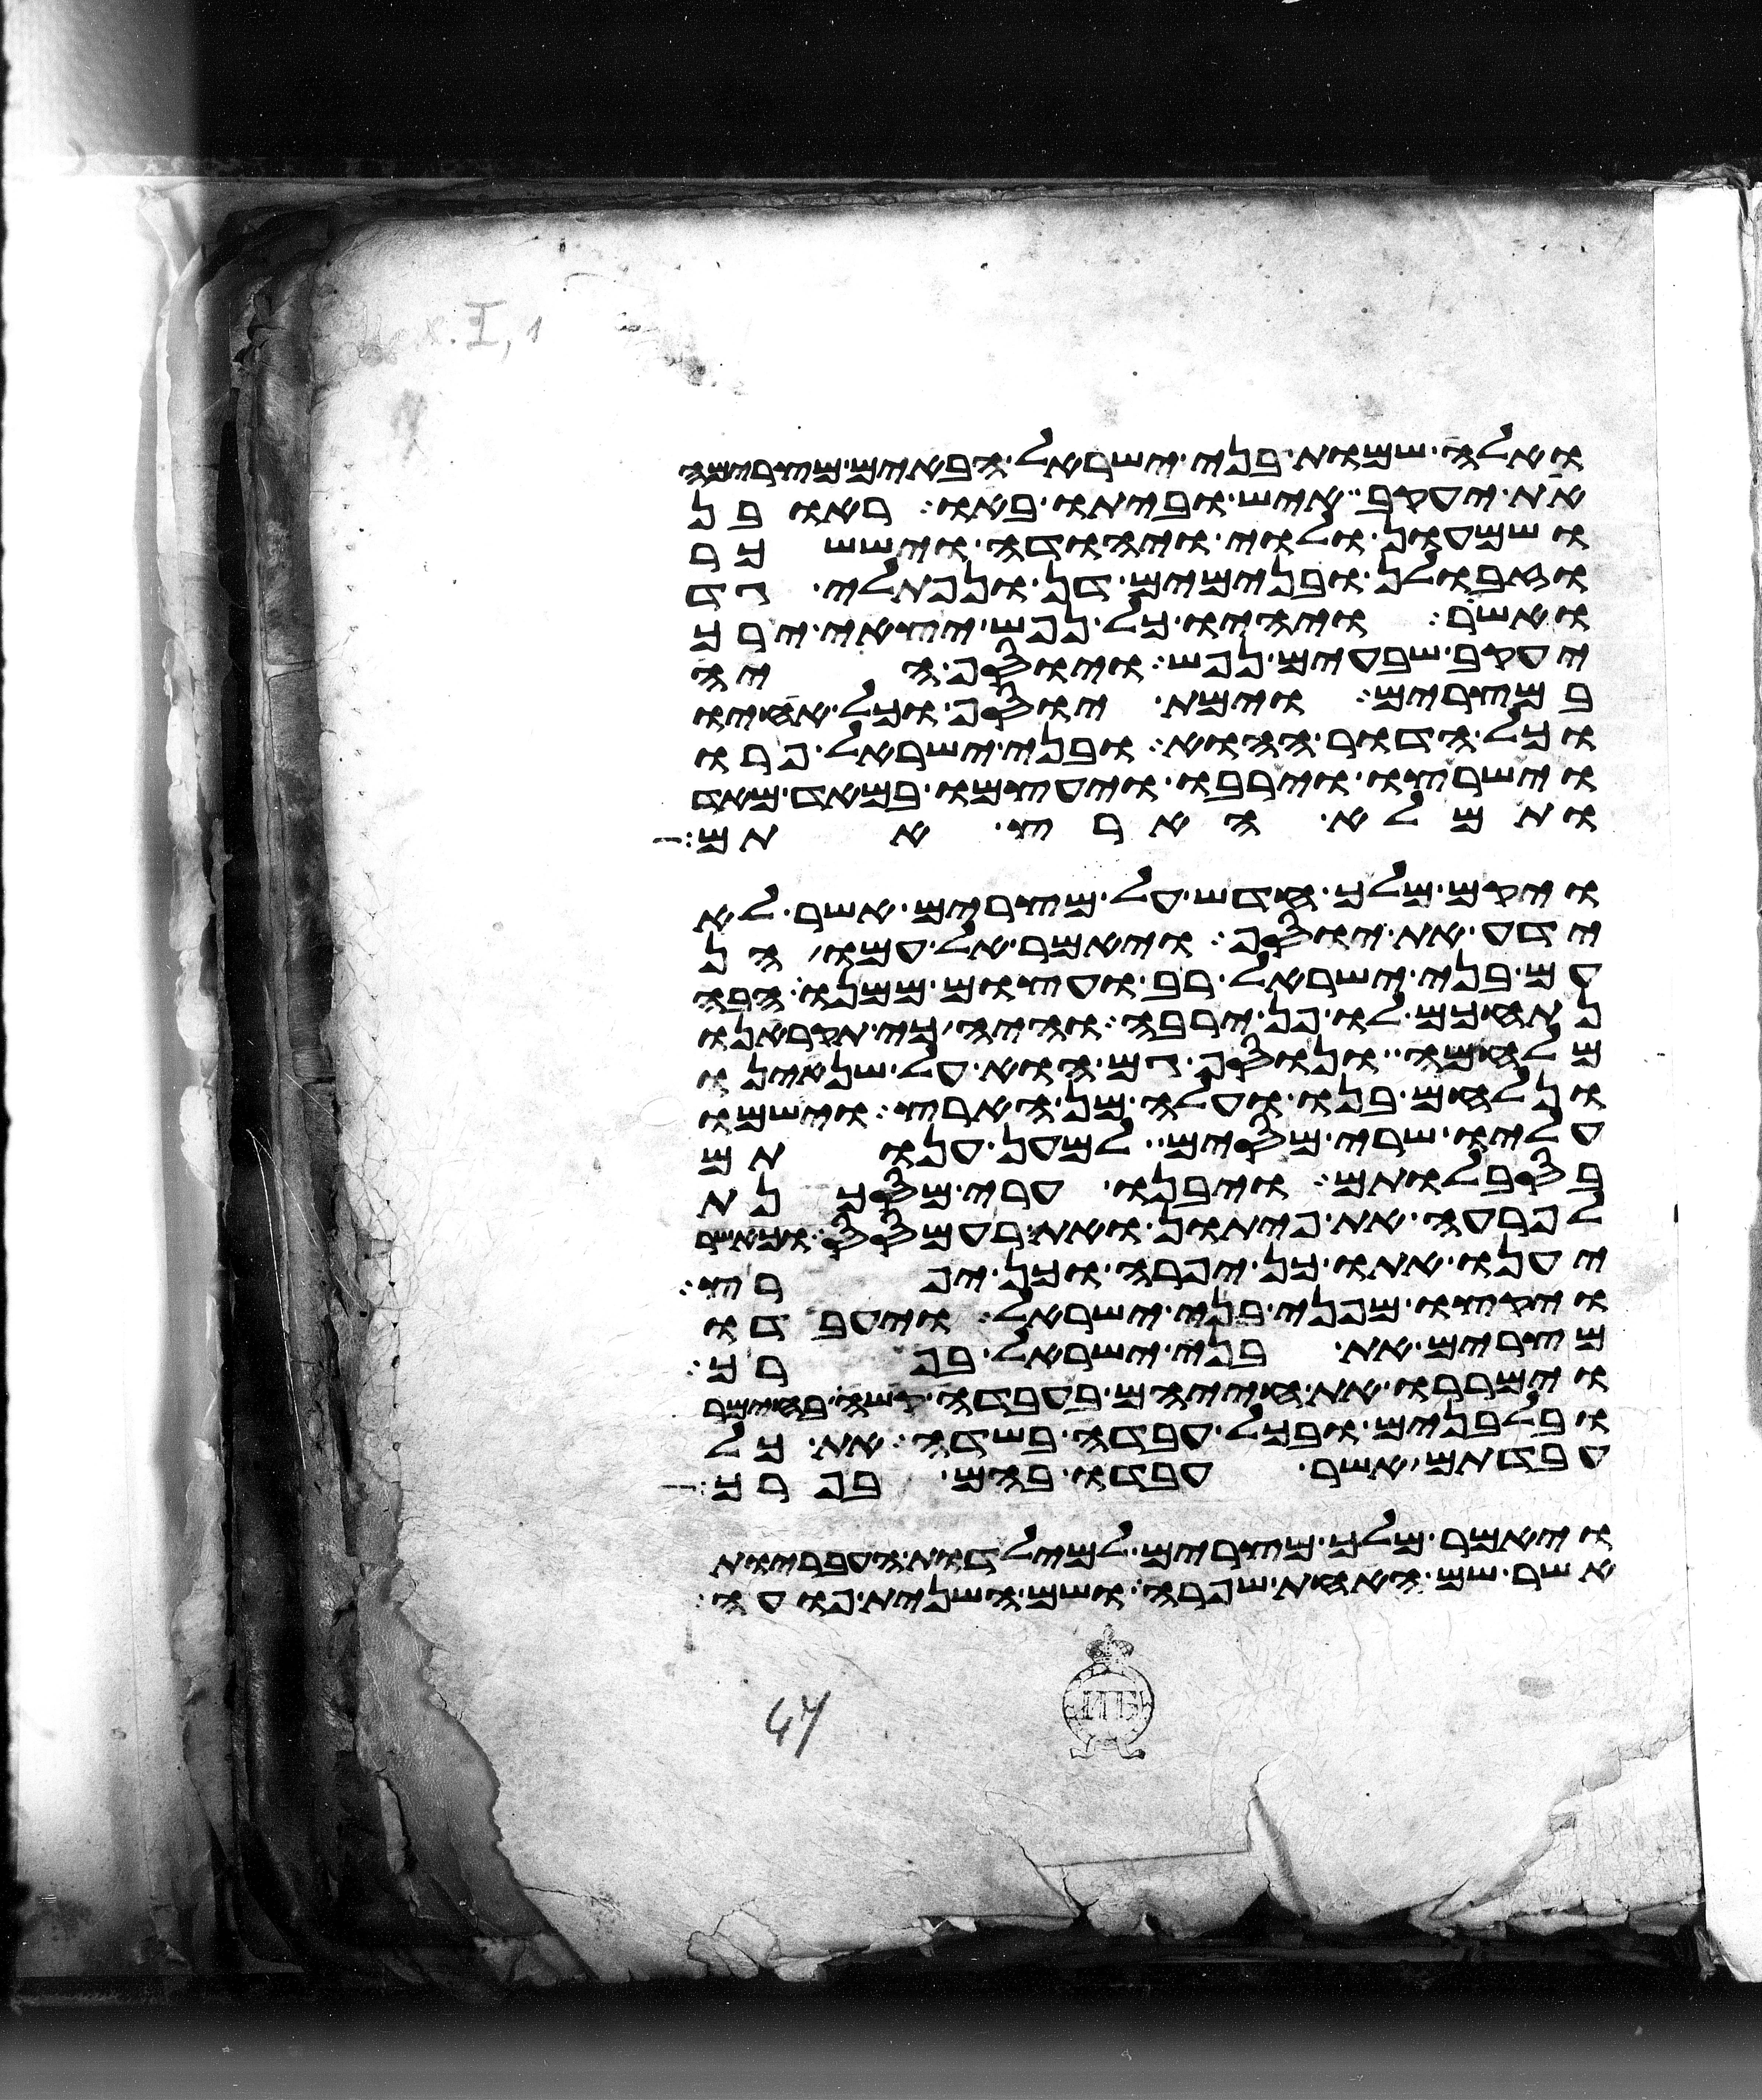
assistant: ואלה שמות בני ישראל הבאים מצרימה
את יעקב איש וביתו באו ראובן
ושמעון ולוי ויהודה ויששכר
וזבולן ובנימים דן ונפתלי גד
ואשר ויהיו כל נפש יצאי ירך
יעקב שבעים נפש ויוסף היה
במצרים וימת יוסף וכל אחיו
וכל הדור ההוא ובני ישראל פרו
וישרצו וירבו ויעצמו במאד מאד
ותמלא הארץ אתם
ויקם מלך חדש על מצרים אשר לא
ידע את יוסף ויאמר אל עמו הן
עם בני ישראל רב ועצום ממנו הבה
נתחכם לו פן ירבה והיה כי תקראנו
מלחמה ונוסף גם הוא על שנאינו
ונלחם בנו ועלה מן הארץ וישמו
עליו שרי מסים למען ענותם
בסבלותם ויבנו ערי מסכנת
לפרעה את פיתון ואת רעמסס וכאשר
יענו אתו כן יפרה וכן יפרץ
ויקצו מפני בני ישראל ויעבדו
מצרים את בני ישראל בפרך
וימררו את חייהם בעבדה קשה בחימר
ובלבנים ובכל עבדה בשדה את כל
עבדתם אשר עבדו בהם בפרך
ויאמר מלך מצרים למילדות העבריות
אשר שם האחת שפרה ושם השנית פועה